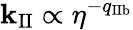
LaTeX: \mathbf{k}_{\mathrm{{II}}}\propto\eta^{-q_{\mathrm{{IIb}}}}